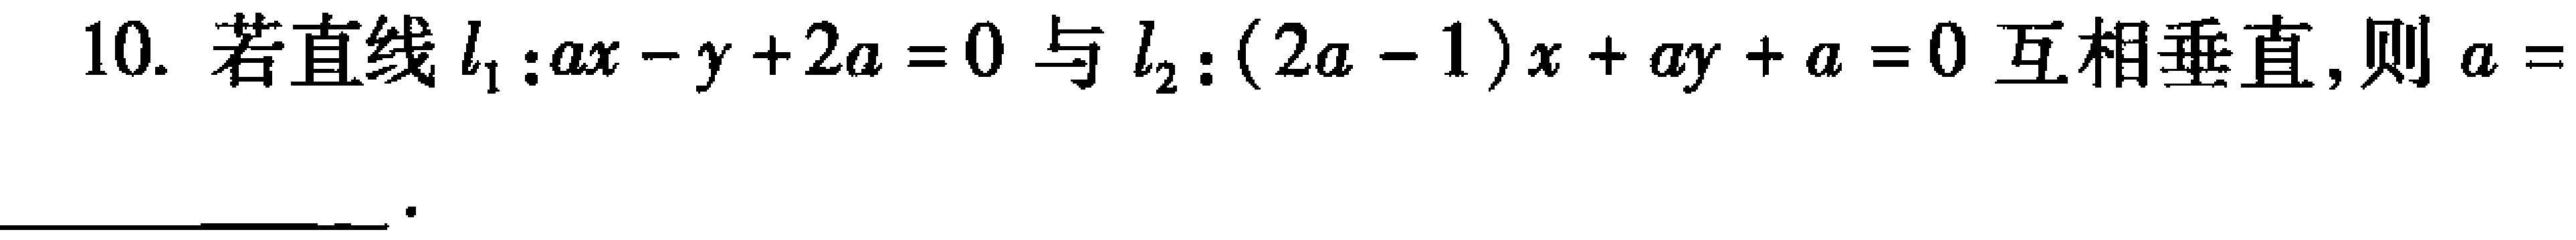
10. 若直线\(l_{1}:ax - y + 2a = 0\)与\(l_{2}:(2a - 1)x + ay + a = 0\)互相垂直，则\(a =\)________________ 。